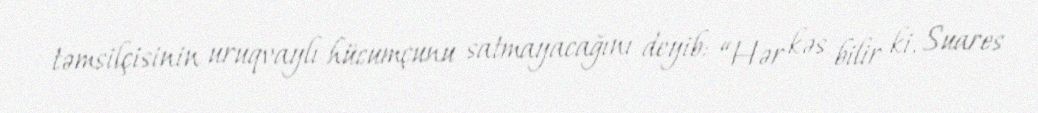
təmsilçisinin uruqvaylı hücumçunu satmayacağını deyib: “Hər kəs bilir ki, Suares